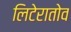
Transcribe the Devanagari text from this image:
लिटेरातोव